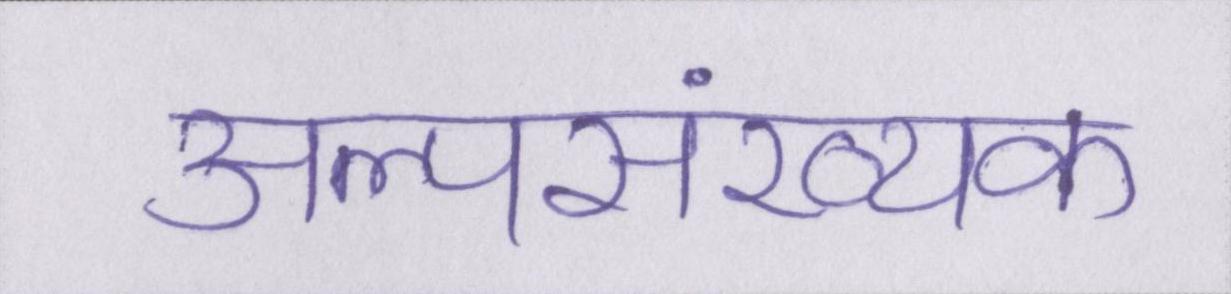
अल्पसंख्यक